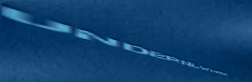
UnderNewMgmt